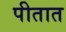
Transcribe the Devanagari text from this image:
पीतात